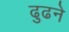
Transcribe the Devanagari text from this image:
ढुढने